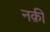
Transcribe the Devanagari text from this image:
नक़ी